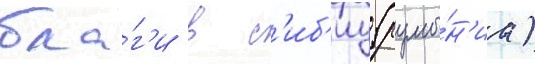
бла́г'и в с'иб'иу (румы́н'иа)